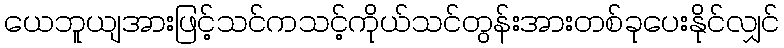
ယေဘူယျအားဖြင့်သင်ကသင့်ကိုယ်သင်တွန်းအားတစ်ခုပေးနိုင်လျှင်